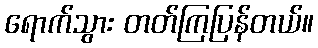
ရောက်သွား တတ်ကြပြန်တယ်။